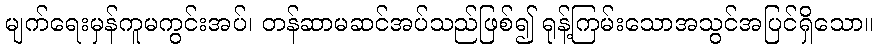
မျက်ရေးမှန်ကူမကွင်းအပ်၊ တန်ဆာမဆင်အပ်သည်ဖြစ်၍ ရုန့်ကြမ်းသောအသွင်အပြင်ရှိသော။